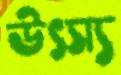
উৎস্য